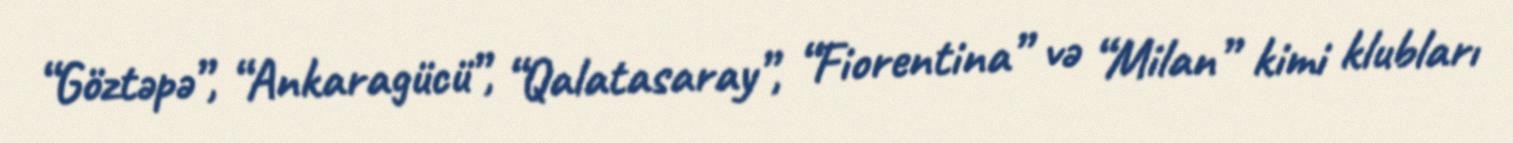
“Göztəpə”, “Ankaragücü”, “Qalatasaray”, “Fiorentina” və “Milan” kimi klubları